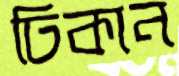
ঢিকান